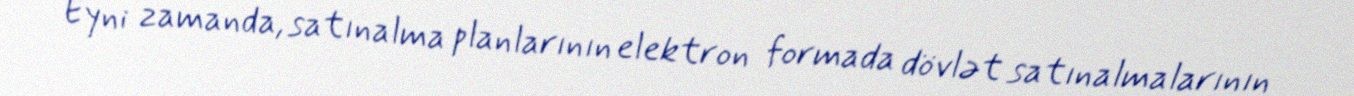
Eyni zamanda, satınalma planlarının elektron formada dövlət satınalmalarının